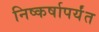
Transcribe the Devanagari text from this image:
निष्कर्षापर्यंत